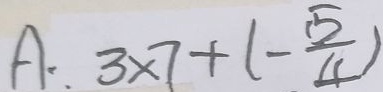
A : 3 \times 7 + ( - \frac { 5 } { 4 } )